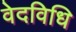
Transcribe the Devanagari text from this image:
वेदविधि